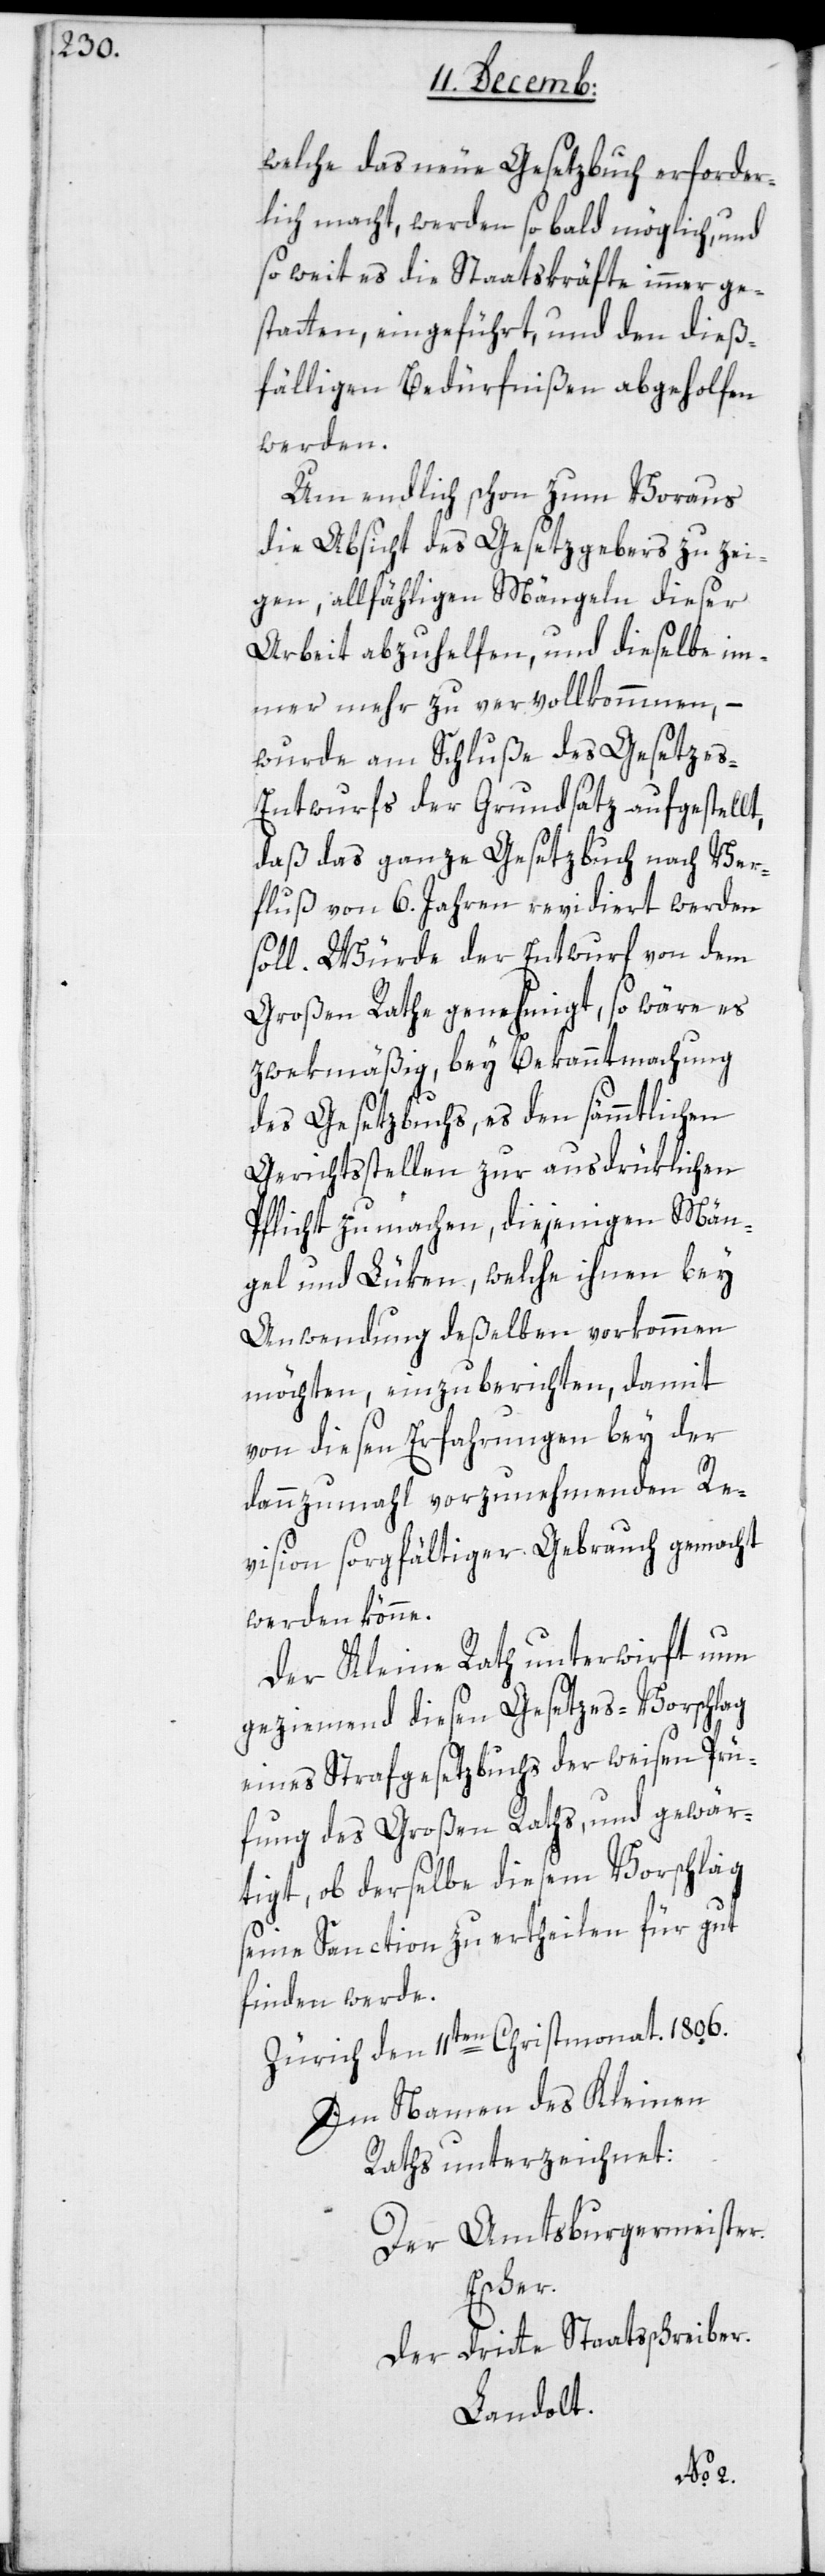
welche das neue Gesetzbuch erforder¬
lich macht, werden so bald möglich und
so weit es die Staatskräfte immer ge¬
statten, eingeführt, und den dieß¬
fälligen Bedürfnißen abgeholfen
werden.
Um endlich schon zum Voraus
die Absicht des Gesetzgebers zu zei¬
gen, allfähligen Mängeln dieser
Arbeit abzuhelfen, und dieselbe im¬
mer mehr zu vervollkommnen, –
wurde am Schluße des Gesetzes-E¬
ntwurfs der Grundsatz aufgestellt,
daß das ganze Gesetzbuch nach Ver¬
fluß von 6. Jahren revidiert werden
soll. Würde der Entwurf von dem
Großen Rathe genehmigt, so wäre es
zwekmäßig, bey Bekanntmachung
des Gesetzbuchs, es den sämmtlichen
Gerichtsstellen zur ausdrüklichen
Pflicht zu machen, diejenigen Män¬
gel und Lüken, welche ihnen bey
Anwendung deßelben vorkommen
möchten, einzuberichten, damit
von diesen Erfahrungen bey der
dannzumal vorzunehmenden Re¬
vision sorgfältiger Gebrauch gemacht
werden könne.
Der Kleine Rath unterwirft nun
geziemend diesen Gesetzes-Vorschlag
eines Strafgesetzbuchs der weisen Prü¬
fung des Großen Rats, und gewär¬
tigt, ob derselbe diesem Vorschlag
seine Sanction zu ertheilen für gut
finden werde.
Zürich, den 11ten Christmonat. 1806.
Im Namen des Kleinen
Raths unterzeichnet:
Der Amtsburgermeister.
Escher.
Der dritte Staatßchreiber.
Landolt.